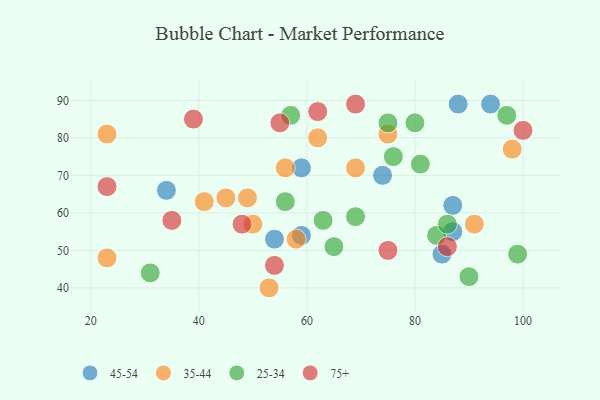
{"axis": {"x": "GDP", "y": "Life Expectancy"}, "legend": ["25-34", "35-44", "45-54", "75+"], "data": [{"x": "94", "y": 89, "type": "45-54"}, {"x": "34", "y": 66, "type": "45-54"}, {"x": "74", "y": 70, "type": "45-54"}, {"x": "59", "y": 72, "type": "45-54"}, {"x": "85", "y": 49, "type": "45-54"}, {"x": "54", "y": 53, "type": "45-54"}, {"x": "88", "y": 89, "type": "45-54"}, {"x": "59", "y": 54, "type": "45-54"}, {"x": "87", "y": 55, "type": "45-54"}, {"x": "87", "y": 62, "type": "45-54"}, {"x": "41", "y": 63, "type": "35-44"}, {"x": "69", "y": 72, "type": "35-44"}, {"x": "75", "y": 81, "type": "35-44"}, {"x": "50", "y": 57, "type": "35-44"}, {"x": "56", "y": 72, "type": "35-44"}, {"x": "62", "y": 80, "type": "35-44"}, {"x": "45", "y": 64, "type": "35-44"}, {"x": "23", "y": 48, "type": "35-44"}, {"x": "98", "y": 77, "type": "35-44"}, {"x": "23", "y": 81, "type": "35-44"}, {"x": "91", "y": 57, "type": "35-44"}, {"x": "53", "y": 40, "type": "35-44"}, {"x": "49", "y": 64, "type": "35-44"}, {"x": "58", "y": 53, "type": "35-44"}, {"x": "65", "y": 51, "type": "25-34"}, {"x": "31", "y": 44, "type": "25-34"}, {"x": "56", "y": 63, "type": "25-34"}, {"x": "69", "y": 59, "type": "25-34"}, {"x": "80", "y": 84, "type": "25-34"}, {"x": "75", "y": 84, "type": "25-34"}, {"x": "90", "y": 43, "type": "25-34"}, {"x": "97", "y": 86, "type": "25-34"}, {"x": "81", "y": 73, "type": "25-34"}, {"x": "63", "y": 58, "type": "25-34"}, {"x": "76", "y": 75, "type": "25-34"}, {"x": "84", "y": 54, "type": "25-34"}, {"x": "57", "y": 86, "type": "25-34"}, {"x": "99", "y": 49, "type": "25-34"}, {"x": "86", "y": 57, "type": "25-34"}, {"x": "23", "y": 67, "type": "75+"}, {"x": "86", "y": 51, "type": "75+"}, {"x": "75", "y": 50, "type": "75+"}, {"x": "54", "y": 46, "type": "75+"}, {"x": "69", "y": 89, "type": "75+"}, {"x": "62", "y": 87, "type": "75+"}, {"x": "48", "y": 57, "type": "75+"}, {"x": "39", "y": 85, "type": "75+"}, {"x": "55", "y": 84, "type": "75+"}, {"x": "35", "y": 58, "type": "75+"}, {"x": "100", "y": 82, "type": "75+"}]}